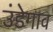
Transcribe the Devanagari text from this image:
उंडेगाव